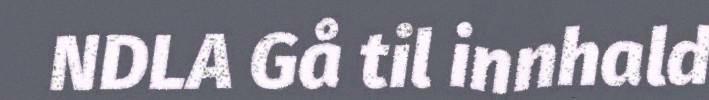
NDLA Gå til innhald